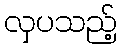
လှပသည့်